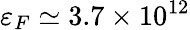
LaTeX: \varepsilon_{F}\simeq 3.7\times 10^{12}